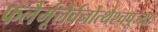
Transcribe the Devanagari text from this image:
फलैर्मूलैर्वनोत्थैश्चपूज्याः